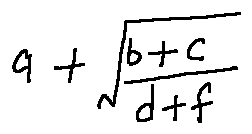
a + \sqrt { \frac { b + c } { d + f } }